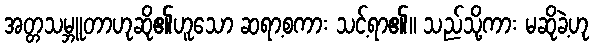
အတ္တသမ္ဘူတာဟုဆို၏ဟူသော ဆရာ့စကား သင့်ရာ၏။ သည်သို့ကား မဆိုခဲ့ဟု